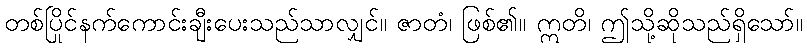
တစ်ပြိုင်နက်ကောင်းချီးပေးသည်သာလျှင်။ ဇာတံ၊ ဖြစ်၏။ ဣတိ၊ ဤသို့ဆိုသည်ရှိသော်။